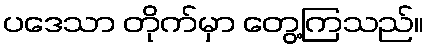
ပဒေသာ တိုက်မှာ တွေ့ကြသည်။